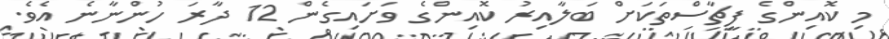
މި ކޮއިންގެ ފީޗާސްތަކަށް ބަލާއިރު ކޮއިންގެ ވަށައިގެން 12 ދާރަ ހުންނާނެ އެވެ.